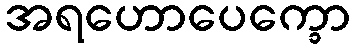
အရဟောပေက္ခော